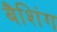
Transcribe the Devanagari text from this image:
बैशिंग